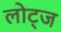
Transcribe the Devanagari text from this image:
लोट्ज